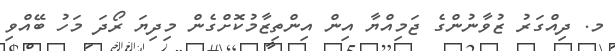
މ. ދިއްގަރު ޒުވާނުންގެ ޖަމިއްޔާ އިން އިންތިޒާމުކޮށްގެން މިދިޔަ ރޯދަ މަހު ބޭއްވި